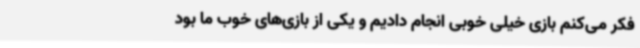
فکر می‌کنم بازی خیلی خوبی انجام دادیم و یکی از بازی‌های خوب ما بود